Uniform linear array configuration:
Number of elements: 8
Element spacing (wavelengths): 1
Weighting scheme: exponential
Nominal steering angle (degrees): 15
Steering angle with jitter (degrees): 13.149
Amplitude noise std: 0.05
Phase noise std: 0.05

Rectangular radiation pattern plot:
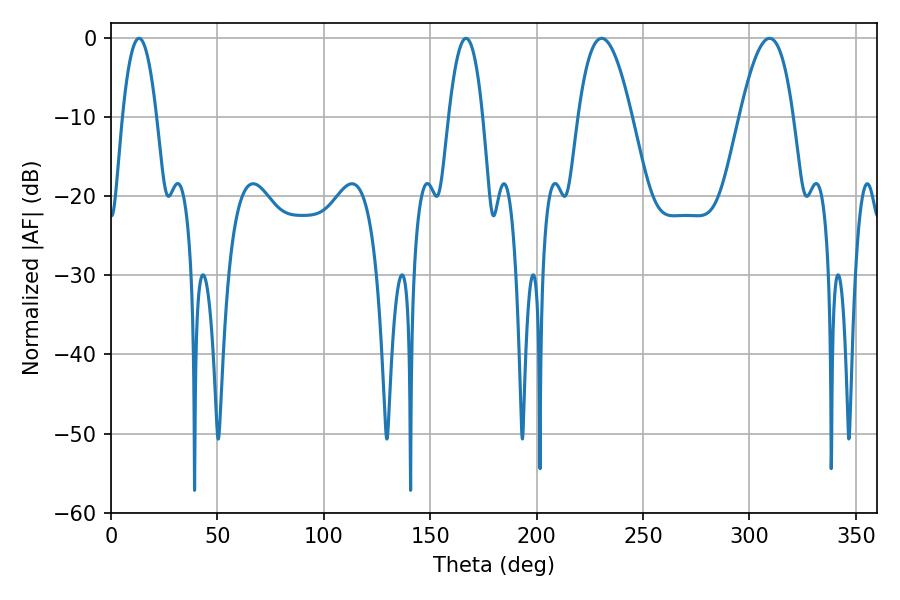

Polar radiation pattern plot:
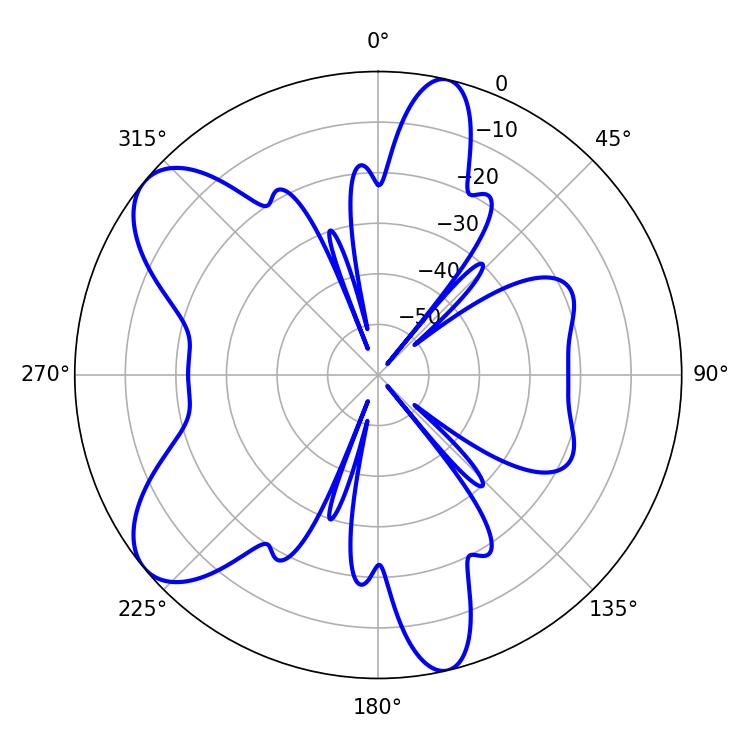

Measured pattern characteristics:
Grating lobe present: TRUE
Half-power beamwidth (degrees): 13.86
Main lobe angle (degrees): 309.42